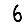
Digit: 6